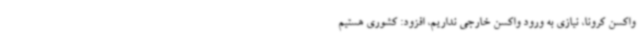
واکسن کرونا، نیازی به ورود واکسن خارجی نداریم، افزود: کشوری هستیم